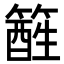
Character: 𥴑